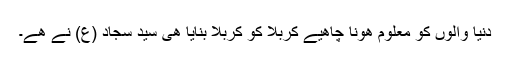
دنیا والوں کو معلوم ھونا چاھیے کربلا کو کربلا بنایا ھی سید سجاد (ع) نے ھے۔